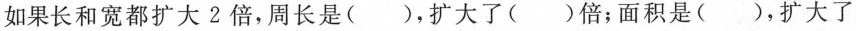
如果长和宽都扩大2倍，周长是( )，扩大了( )倍；面积是( )，扩大了